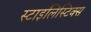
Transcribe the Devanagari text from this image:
स्टाइलिस्टिक्स